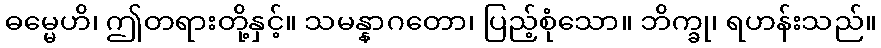
ဓမ္မေဟိ၊ ဤတရားတို့နှင့်။ သမန္နာဂတော၊ ပြည့်စုံသော။ ဘိက္ခု၊ ရဟန်းသည်။